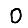
Digit: 0